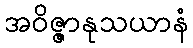
အဝိဇ္ဇာနုသယာနံ